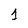
Character: 1